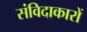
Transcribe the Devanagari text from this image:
संविदाकारों